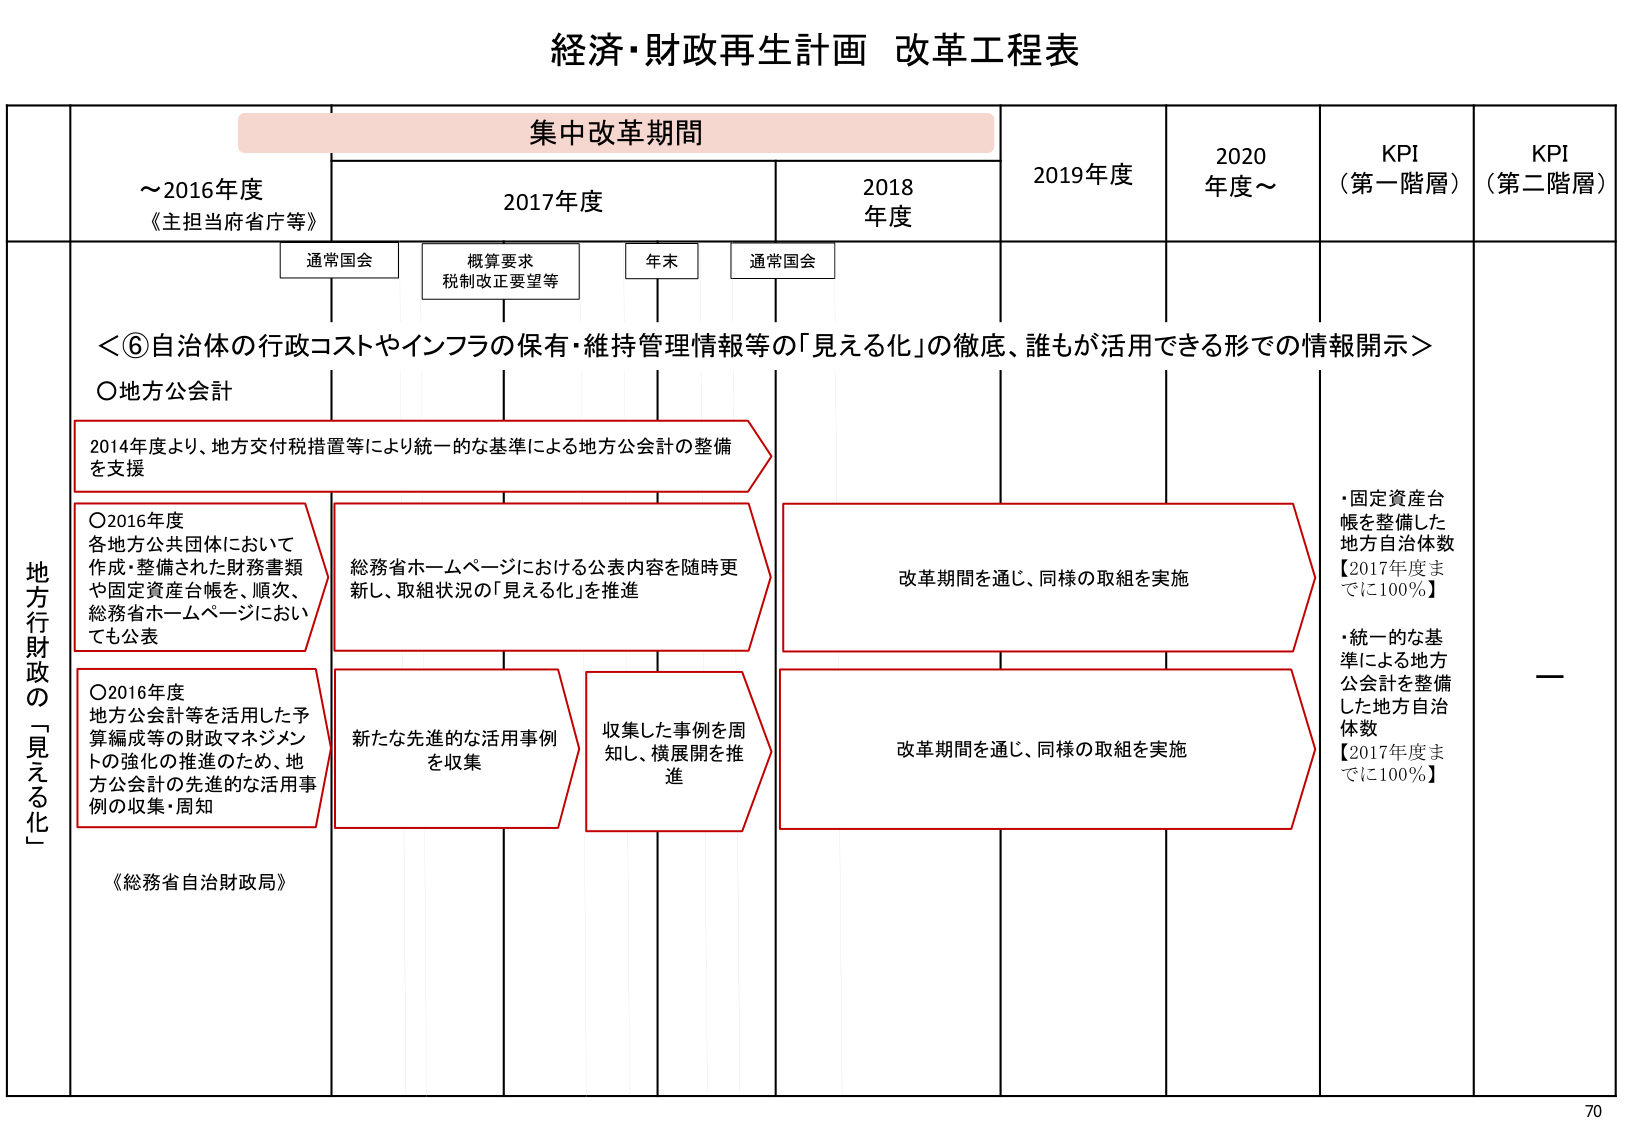
経済・財政再生計画 改革工程表

集中改革期間

～2016年度
《主担当府省庁等》

2017年度

2018年度

2019年度

2020年度～

KPI
（第一階層）

KPI
（第二階層）

通常国会

概算要求
税制改正要望等

年末

通常国会

＜⑥自治体の行政コストやインフラの保有・維持管理情報等の「見える化」の徹底、誰もが活用できる形での情報開示＞

○地方公会計

2014年度より、地方交付税措置等により統一的な基準による地方公会計の整備を支援

○2016年度
各地方公共団体において作成・整備された財務書類や固定資産台帳を、順次、総務省ホームページにおいても公表

○2016年度
地方公会計等を活用した予算編成等の財政マネジメントの強化の推進のため、地方公会計の先進的な活用事例の収集・周知

総務省ホームページにおける公表内容を随時更新し、取組状況の「見える化」を推進

新たな先進的な活用事例を収集

収集した事例を周知し、横展開を推進

改革期間を通じ、同様の取組を実施

改革期間を通じ、同様の取組を実施

・固定資産台帳を整備した地方自治体数
【2017年度までに100％】

・統一的な基準による地方公会計を整備した地方自治体数
【2017年度までに100％】

—

《総務省自治財政局》

地方行財政の「見える化」

70